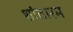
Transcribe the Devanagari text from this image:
शांतारम